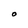
Character: O